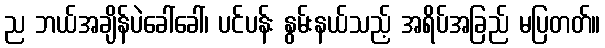
ည ဘယ်အချိန်ပဲခေါ်ခေါ်၊ ပင်ပန်း နွမ်းနယ်သည့် အရိပ်အခြည် မပြတတ်။